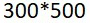
300*500